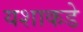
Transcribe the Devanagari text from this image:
यशाकडे